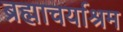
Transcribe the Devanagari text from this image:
ब्रह्माचर्याश्रम